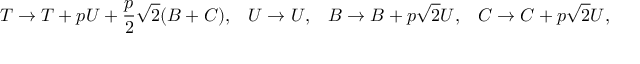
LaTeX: T \rightarrow T + p U + \frac { p } { 2 } \sqrt { 2 } ( B + C ) , \; \; \; U \rightarrow U , \; \; \; B \rightarrow B + p \sqrt { 2 } U , \; \; \; C \rightarrow C + p \sqrt { 2 } U ,